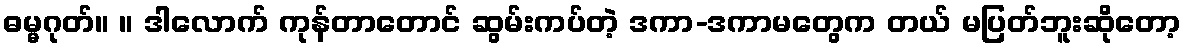
ဓမ္မဂုတ်။ ။ ဒါလောက် ကုန်တာတောင် ဆွမ်းကပ်တဲ့ ဒကာ-ဒကာမတွေက တယ် မပြတ်ဘူးဆိုတော့